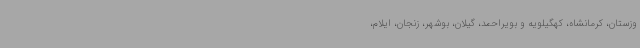
وزستان، کرمانشاه، کهگیلویه و بویراحمد، گیلان، بوشهر، زنجان، ایلام،